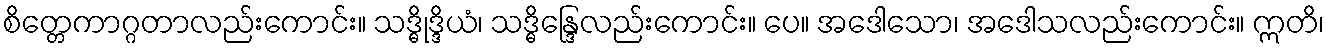
စိတ္တေကာဂ္ဂတာလည်းကောင်း။ သဒ္ဓိုဒ္ဒိယံ၊ သဒ္ဓိန္ဒြေလည်းကောင်း။ ပေ။ အဒေါသော၊ အဒေါသလည်းကောင်း။ ဣတိ၊